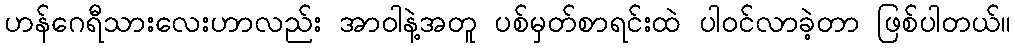
ဟန်ဂေရီသားလေးဟာလည်း အာဝါနဲ့အတူ ပစ်မှတ်စာရင်းထဲ ပါဝင်လာခဲ့တာ ဖြစ်ပါတယ်။